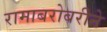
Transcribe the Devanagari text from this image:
रामाबरोबरीने